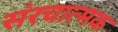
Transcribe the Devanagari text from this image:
संरचात्मक